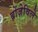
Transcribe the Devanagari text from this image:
ब्रोंज़ेविले